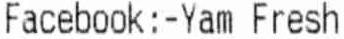
FACEBOOK:-YAM FRESH